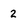
Character: 2